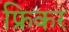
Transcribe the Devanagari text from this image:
फ्रिकर